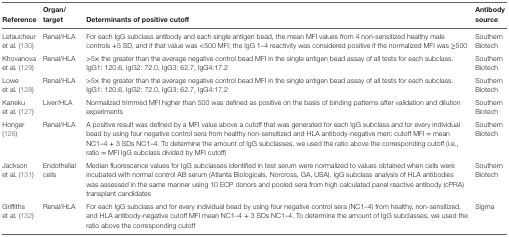
| Reference | Organ/target | Determinants of positive cutoff | Antibody source |
 | --- | --- | --- | --- |
 | Lefaucheur et al. (130) | Renal/HLA | For each IgG subclass antibody and each single antigen bead, the mean MFI values from 4 non-sensitized healthy male controls +5 SD, and if that value was <500 MFI; the IgG 1–4 reactivity was considered positive if the normalized MFI was ≥500 | Southern Biotech |
 | Khovanova et al. (129) | Renal/HLA | >5× the greater than the average negative control bead MFI in the single antigen bead assay of all tests for each subclass. IgG1: 120.6, IgG2: 72.0, IgG3: 62.7, IgG4:17.2 | Southern Biotech |
 | Lowe et al. (128) | Renal/HLA | >5× the greater than the average negative control bead MFI in the single antigen bead assay of all tests for each subclass. IgG1: 120.6, IgG2: 72.0, IgG3: 62.7, IgG4:17.2 | Southern Biotech |
 | Kaneku et al. (127) | Liver/HLA | Normalized trimmed MFI higher than 500 was defined as positive on the basis of binding patterns after validation and dilution experiments | Southern Biotech |
 | Honger (126) | Renal/HLA | A positive result was defined by a MFI value above a cutoff that was generated for each IgG subclass and for every individual bead by using four negative control sera from healthy non-sensitized and HLA antibody-negative men: cutoff MFI = mean NC1–4 + 3 SDs NC1–4. To determine the amount of IgG subclasses, we used the ratio above the corresponding cutoff (i.e., ratio = MFI IgG subclass divided by MFI cutoff) | Southern Biotech |
 | Jackson et al. (131) | Endothelial cells | Median fluorescence values for IgG subclasses identified in test serum were normalized to values obtained when cells were incubated with normal control AB serum (Atlanta Biologicals, Norcross, GA, USA). IgG subclass analysis of HLA antibodies was assessed in the same manner using 10 ECP donors and pooled sera from high calculated panel reactive antibody (cPRA) transplant candidates | Southern Biotech |
 | Griffiths et al. (132) | Renal/HLA | For each IgG subclass and for every individual bead by using four negative control sera (NC1–4) from healthy, non-sensitized, and HLA antibody-negative cutoff MFI mean NC1–4 + 3 SDs NC1–4. To determine the amount of IgG subclasses, we used the ratio above the corresponding cutoff | Sigma |